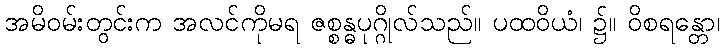
အမိဝမ်းတွင်းက အလင်ကိုမရ ဇစ္စန္ဓပုဂ္ဂိုလ်သည်။ ပထဝိယံ၊ ၌။ ဝိစရန္တော၊